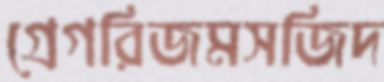
গ্রেগরিজমসজিদ